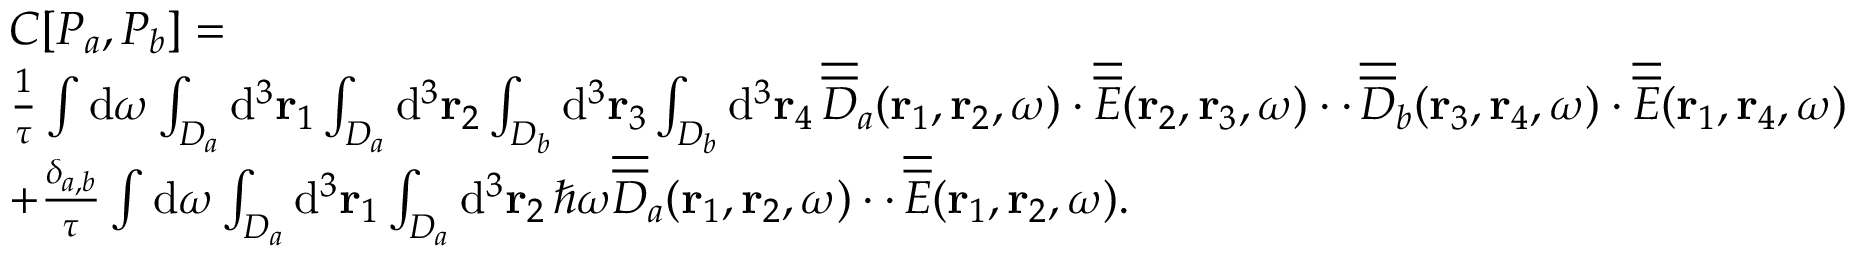
\begin{array} { r l } & { C [ P _ { a } , P _ { b } ] = } \\ & { \frac { 1 } { \tau } \int \mathrm { d } \omega \int _ { { \cal D } _ { a } } \mathrm { d } ^ { 3 } { \bf r } _ { 1 } \int _ { { \cal D } _ { a } } \mathrm { d } ^ { 3 } { \bf r } _ { 2 } \int _ { { \cal D } _ { b } } \mathrm { d } ^ { 3 } { \bf r } _ { 3 } \int _ { { \cal D } _ { b } } \mathrm { d } ^ { 3 } { \bf r } _ { 4 } \, \overline { { \overline { { D } } } } _ { a } ( { \bf r } _ { 1 } , { \bf r } _ { 2 } , \omega ) \cdot \overline { { \overline { { E } } } } ( { \bf r } _ { 2 } , { \bf r } _ { 3 } , \omega ) \cdot \cdot \, \overline { { \overline { { D } } } } _ { b } ( { \bf r } _ { 3 } , { \bf r } _ { 4 } , \omega ) \cdot \overline { { \overline { { E } } } } ( { \bf r } _ { 1 } , { \bf r } _ { 4 } , \omega ) } \\ & { + \frac { \delta _ { a , b } } { \tau } \int \mathrm { d } \omega \int _ { { \cal D } _ { a } } \mathrm { d } ^ { 3 } { \bf r } _ { 1 } \int _ { { \cal D } _ { a } } \mathrm { d } ^ { 3 } { \bf r } _ { 2 } \, \hbar \omega \overline { { \overline { { D } } } } _ { a } ( { \bf r } _ { 1 } , { \bf r } _ { 2 } , \omega ) \cdot \cdot \, \overline { { \overline { { E } } } } ( { \bf r } _ { 1 } , { \bf r } _ { 2 } , \omega ) . } \end{array}